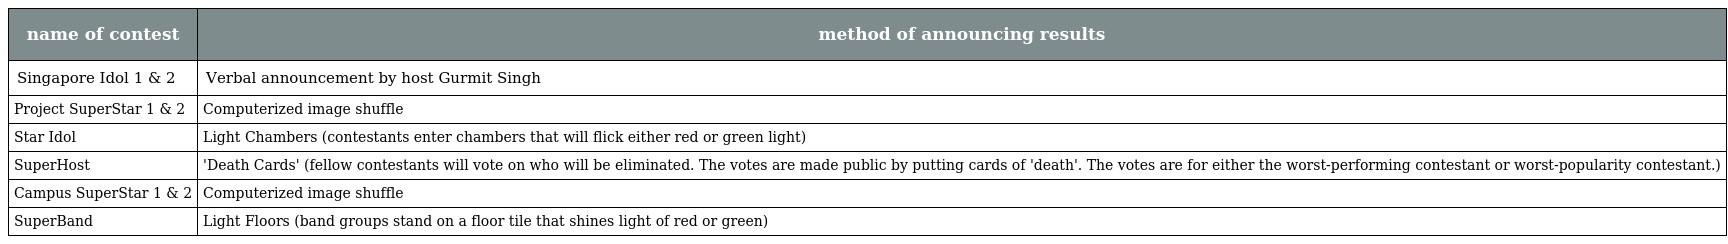
| name of contest | method of announcing results |
 | --- | --- |
 | Singapore Idol 1 & 2 | Verbal announcement by host Gurmit Singh |
 | Project SuperStar 1 & 2 | Computerized image shuffle |
 | Star Idol | Light Chambers (contestants enter chambers that will flick either red or green light) |
 | SuperHost | 'Death Cards' (fellow contestants will vote on who will be eliminated. The votes are made public by putting cards of 'death'. The votes are for either the worst-performing contestant or worst-popularity contestant.) |
 | Campus SuperStar 1 & 2 | Computerized image shuffle |
 | SuperBand | Light Floors (band groups stand on a floor tile that shines light of red or green) |